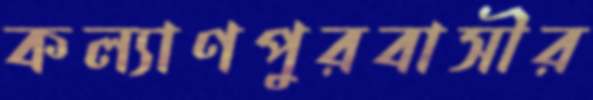
কল্যাণপুরবাসীর